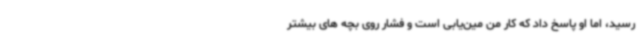
رسید، اما او پاسخ داد که کار من مین‌یابی است و فشار روی بچه های بیشتر